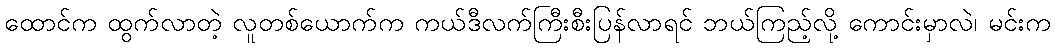
ထောင်က ထွက်လာတဲ့ လူတစ်ယောက်က ကယ်ဒီလက်ကြီးစီးပြန်လာရင် ဘယ်ကြည့်လို့ ကောင်းမှာလဲ၊ မင်းက